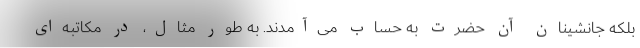
بلکه جانشینان آن حضرت به حساب می‌آمدند. به طور مثال، در مکاتبه‌ای